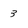
Character: 3